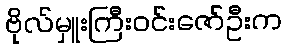
ဗိုလ်မှူးကြီးဝင်းဇော်ဦးက